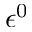
\epsilon ^ { 0 }